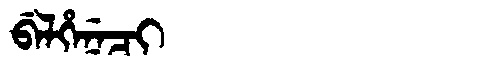
Manchu: ᠪᡝᠯᡥᡝᠨᡝᠴᡳ
Romanization: BELHENECI